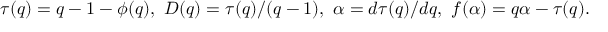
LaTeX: \tau ( q ) = q - 1 - \phi ( q ) , \ D ( q ) = \tau ( q ) / ( q - 1 ) , \ \alpha = d \tau ( q ) / d q , \ f ( \alpha ) = q \alpha - \tau ( q ) .